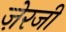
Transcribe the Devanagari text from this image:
ज़ेरजी